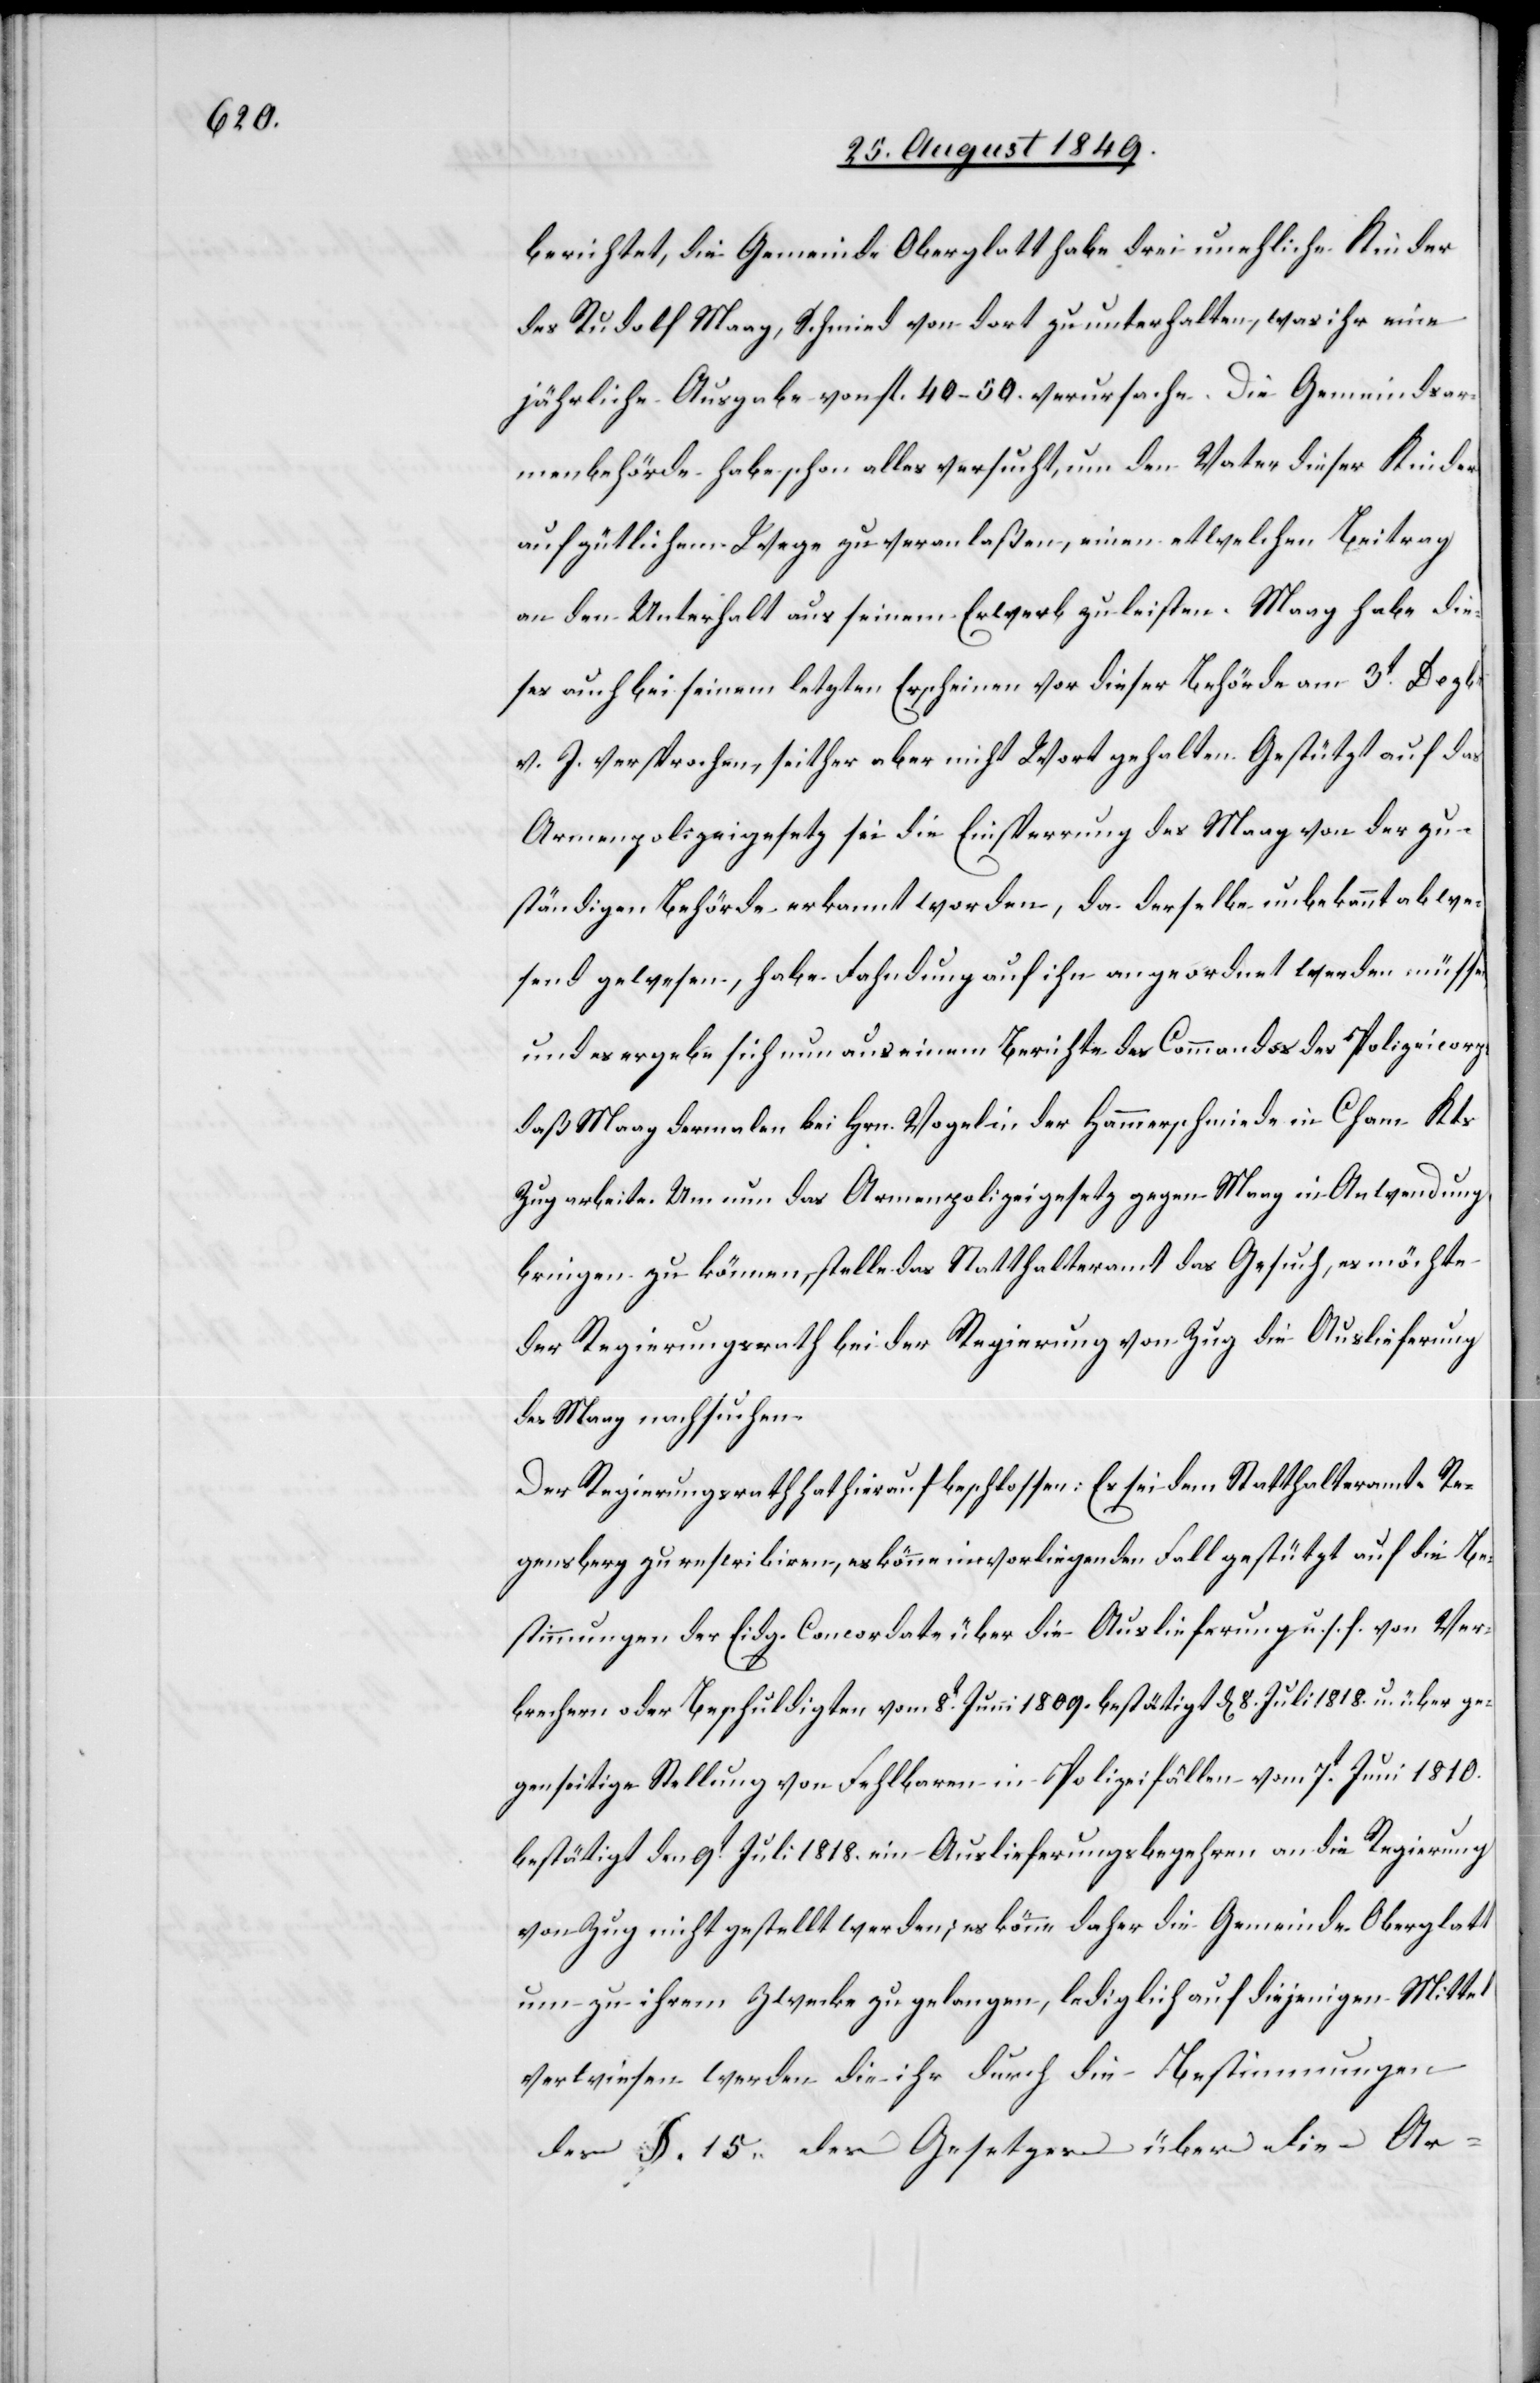
berichtet, die Gemeinde Oberglatt habe drei unehliche Kinder
des Rudolf Maag, Schmied von dort zu unterhalten, was ihr eine
jährliche Ausgabe von fl. 40–50. verursache. Die Gemeindsar¬
menbehörde habe schon alles versucht, um den Vater dieser Kinder
auf gütlichem Wege zu veranlaßen, einen etwelchen Beitrag
an den Unterhalt aus seinem Erwerb zu leisten. Maag habe die¬
ses auch bei seinem letzten Erscheinen vor dieser Behörde am 3t Dezbr
v. J. versprochen, seither aber nicht Wort gehalten. Gestützt auf das
Armenpolizeigesetz sei die Einsperrung des Maag von der zu¬
ständigen Behörde erkannt worden, da derselbe unbekannt abwe¬
send gewesen, habe Fahndung auf ihn angeordnet werden müssen
und es ergebe sich nun aus einem Berichte des Commandos des Polizeicorps
daß Maag dermalen bei Hrn. Vogel in der Hammerschmiede in Cham Kts.
Zug arbeite. Um nun das Armenpolizeigesetz gegen Maag in Anwendung
bringen zu können, stelle das Statthalteramt das Gesuch, es möchte
der Regierungsrath bei der Regierung von Zug die Auslieferung
des Maag nachsuchen.
Der Regierungsrath hat hierauf beschlossen: Es sei dem Statthalteramte Re¬
gensberg zu rescribiren, es könne im vorliegenden Fall gestützt auf die Be¬
stimmungen der Eidg. Concordate über die Auslieferung u. s. f. von Ver¬
brechern oder Beschuldigten vom 8t Juni 1809. bestätigt d[en] 8. Juli 1818. u. über ge¬
genseitige Stellung von Fehlbaren in Polizeifällen vom 7t Juni 1810.
bestätigt den 9t Juli 1818. ein Auslieferungsbegehren an die Regierung
von Zug nicht gestellt werden; es könne daher die Gemeinde Oberglatt
um zu ihrem Zwecke zu gelangen, lediglich auf diejenigen Mittel
verwiesen werden die ihr durch die Bestimmungen
des §. 15. des Gesetzes über die Ar-